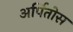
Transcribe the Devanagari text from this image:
अर्पितोस